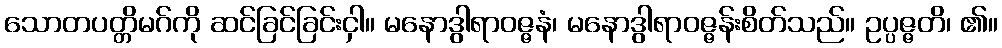
သောတပတ္တိမဂ်ကို ဆင်ခြင်ခြင်းငှါ။ မနောဒွါရာဝဇ္ဇနံ၊ မနောဒွါရာဝဇ္ဇန်းစိတ်သည်။ ဥပ္ပဇ္ဇတိ၊ ၏။